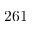
2 6 1